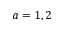
a = 1 , 2